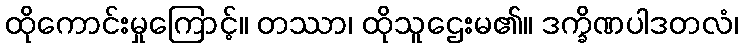
ထိုကောင်းမှုကြောင့်။ တဿာ၊ ထိုသူဌေးမ၏။ ဒက္ခိဏပါဒတလံ၊